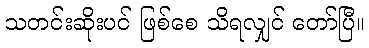
သတင်းဆိုးပင် ဖြစ်စေ သိရလျှင် တော်ပြီ။